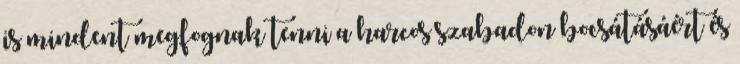
is mindent megfognak tenni a harcos szabadon bocsátásáért és